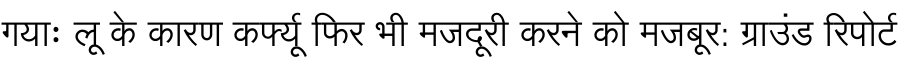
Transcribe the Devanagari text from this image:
गयाः लू के कारण कर्फ्यू फिर भी मजदूरी करने को मजबूर: ग्राउंड रिपोर्ट